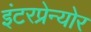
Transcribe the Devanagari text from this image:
इंटरप्रेन्योर